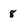
Character: 8